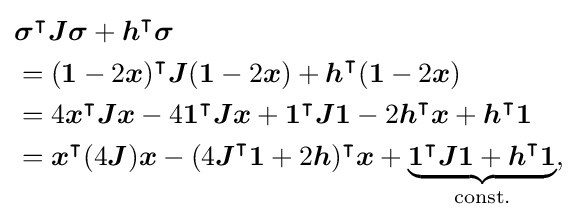
{\begin{aligned}&{\boldsymbol {\sigma }}^{\intercal }{\boldsymbol {J}}{\boldsymbol {\sigma }}+{\boldsymbol {h}}^{\intercal }{\boldsymbol {\sigma }}\\&=({\boldsymbol {1}}-2{\boldsymbol {x}})^{\intercal }{\boldsymbol {J}}({\boldsymbol {1}}-2{\boldsymbol {x}})+{\boldsymbol {h}}^{\intercal }({\boldsymbol {1}}-2{\boldsymbol {x}})\\&=4{\boldsymbol {x}}^{\intercal }{\boldsymbol {J}}{\boldsymbol {x}}-4{\boldsymbol {1}}^{\intercal }{\boldsymbol {Jx}}+{\boldsymbol {1}}^{\intercal }{\boldsymbol {J1}}-2{\boldsymbol {h}}^{\intercal }{\boldsymbol {x}}+{\boldsymbol {h}}^{\intercal }{\boldsymbol {1}}\\&={\boldsymbol {x}}^{\intercal }(4{\boldsymbol {J}}){\boldsymbol {x}}-(4{\boldsymbol {J}}^{\intercal }{\boldsymbol {1}}+2{\boldsymbol {h}})^{\intercal }{\boldsymbol {x}}+\underbrace {{\boldsymbol {1}}^{\intercal }{\boldsymbol {J1}}+{\boldsymbol {h}}^{\intercal }{\boldsymbol {1}}} _{\text{const.}},\end{aligned}}